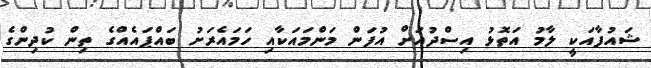
ޝައުފާއަކީ ލާމު އަތޮޅު އިސްދުއަށް އުފަން މަންމައަކާއި ހަމައެރަށު ބައްޕައެއްގެ ތިން ކުދިންގެ